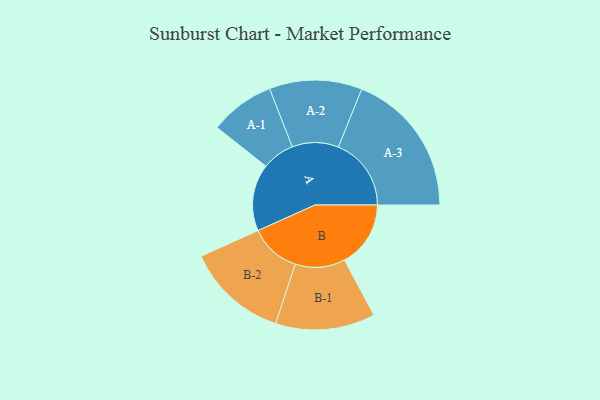
{"axis": {"x": "Segment", "y": "Value"}, "legend": ["", "A", "B"], "data": [{"x": "A", "y": 270, "type": ""}, {"x": "B", "y": 267, "type": ""}, {"x": "A-1", "y": 131, "type": "A"}, {"x": "A-2", "y": 187, "type": "A"}, {"x": "A-3", "y": 294, "type": "A"}, {"x": "B-1", "y": 201, "type": "B"}, {"x": "B-2", "y": 205, "type": "B"}]}